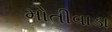
મોતીવાડા